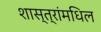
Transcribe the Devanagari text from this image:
शास्त्रांमधिल